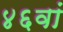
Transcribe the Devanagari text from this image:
४६वां